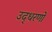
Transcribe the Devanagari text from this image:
उद्‍धरणों